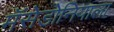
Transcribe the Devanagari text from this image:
मॅसेडोनियाला